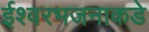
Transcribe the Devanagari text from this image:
ईश्वरभजनाकडे